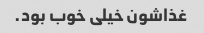
غذاشون خیلی خوب بود.